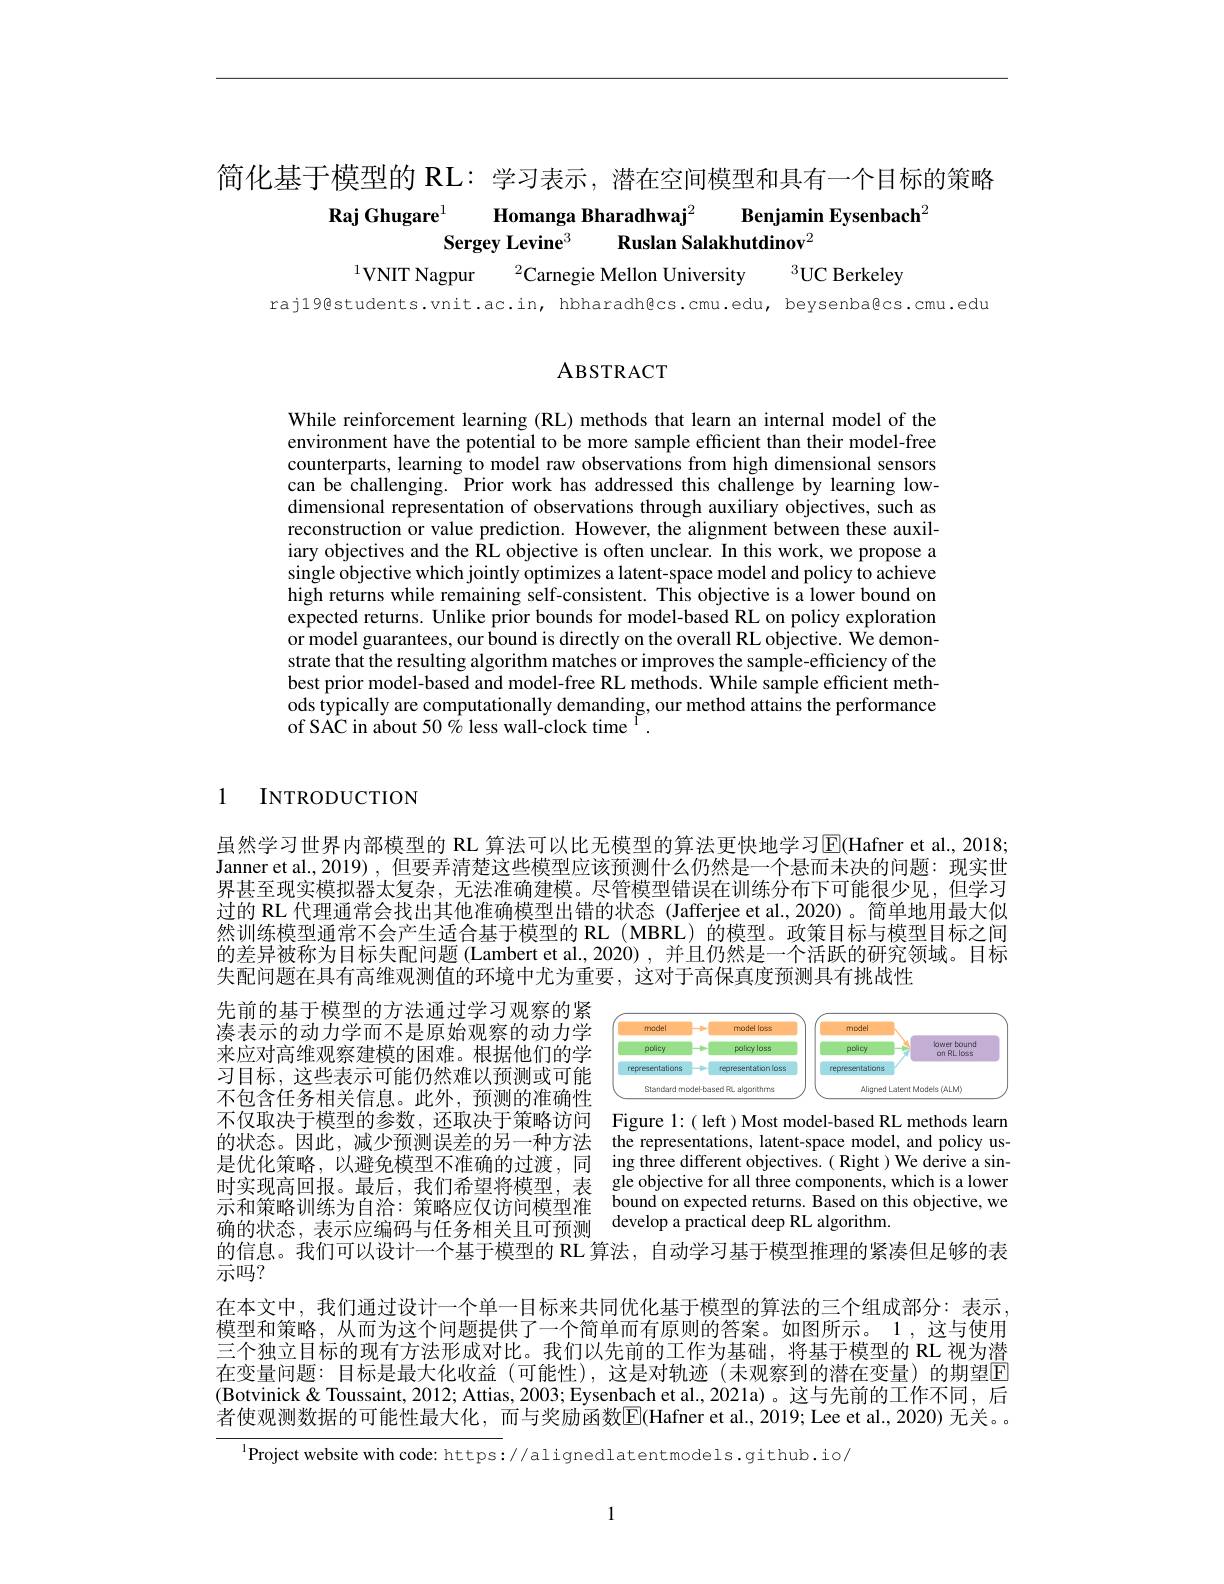
# 简化基于模型的 RL: 学习表示，潜在空间模型和具有一个目标的策略Raj Ghugare$^{1}$ Homanga Bharadhwaj$^{2}$ Benjamin Eysenbach$^{2}$ Sergey Levine$^{3}$ $\textbf{Ruslan Salakhutdinov}^{2}$

$^{1}$VNIT Nagpur$\:^2$Carnegie Mellon University

$^{3}$UC Berkeley

raj19@students.vnit.ac.in, hbharadh@cs.cmu.edu, beysenba@cs.cmu.edu

ABSTRACT

While reinforcement learning (RL) methods that learn an internal model of the environment have the potential to be more sample efficient than their model-free counterparts, learning to model raw observations from high dimensional sensors can be challenging. Prior work has addressed this challenge by learning lowdimensional representation of observations through auxiliary objectives, such as reconstruction or value prediction. However, the alignment between these auxiliary objectives and the RL objective is often unclear. In this work, we propose a single objective which jointly optimizes a latent-space model and policy to achieve high returns while remaining self-consistent. This objective is a lower bound on expected returns. Unlike prior bounds for model-based RL on policy exploration or model guarantees, our bound is directly on the overall RL objective. We demonstrate that the resulting algorithm matches or improves the sample-efficiency of the best prior model-based and model-free RL methods. While sample efficient methods typically are computationally demanding, our method attains the performance of SAC in about 50 % less wall-clock time $^{1}.$

1

INTRODUCTION

虽然学习世界内部模型的 RL 算法可以比无模型的算法更快地学习$\boxed{\mathrm{F}}($Hafner et al., 2018; Janner et al., 2019) , 但要弄清楚这些模型应该预测什么仍然是一个悬而未决的问题：现实世界甚至现实模拟器太复杂，无法准确建模。尽管模型错误在训练分布下可能很少见，但学习过的 RL 代理通常会找出其他准确模型出错的状态 (Jafferjee et al.,2020)。简单地用最大似然训练模型通常不会产生适合基于模型的 RL(MBRL)的模型。政策目标与模型目标之间的差异被称为目标失配问题(Lambert et al, 2020),并且仍然是一个活跃的研究领域。目标失配问题在具有高维观测值的环境中尤为重要，这对于高保真度预测具有挑战性

<FigureHere>

先前的基于模型的方法通过学习观察的紧凑表示的动力学而不是原始观察的动力学来应对高维观察建模的困难。根据他们的学习目标，这些表示可能仍然难以预测或可能不包含任务相关信息。此外，预测的准确性不仅取决于模型的参数，还取决于策略访问 Figure l:(left)Most model-based RL methods learn 的状态。因此，减少预测误差的另一种方法 the representations, latent-space model, and policy us是优化策略，以避免模型不准确的过渡，同 ing three different objectives.( Right)We derive a sin时实现高回报。最后，我们希望将模型，表 gle objective for all three components, which is a lower 示和策略训练为自治：策略应仅访问模型准 bound on expected returns. Based on this objective, we 确的状态，表示应编码与任务相关且可预测 developapractical deep RL algorithm.
的信息。我们可以设计一个基于模型的 RL 算法，自动学习基于模型推理的紧凑但足够的表

示吗？

在本文中，我们通过设计一个单一目标来共同优化基于模型的算法的三个组成部分：表示， 模型和策略，从而为这个问题提供了一个简单而有原则的答案。如图所示。1,这与使用三个独立目标的现有方法形成对比。我们以先前的工作为基础，将基于模型的 RL 视为潜在变量问题：目标是最大化收益(可能性),这是对轨迹(未观察到的潜在变量)的期望$\mathbb{E}$ (Botvinick& Toussaint, 2012; Attias, 2003; Eysenbach et al., 2021a)。这与先前的工作不同，后者使观测数据的可能性最大化，而与奖励函数$\overline{\mathrm{E}}($Hafner et al.,2019; Lee et al., 2020) 无关。。

$^{1}$Project website with code: https://al ignedlatentmodels.github.io/